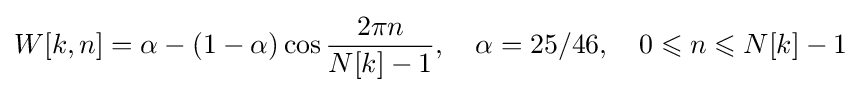
W[k,n]=\alpha -(1-\alpha )\cos {\frac {2\pi n}{N[k]-1}},\quad \alpha =25/46,\quad 0\leqslant n\leqslant N[k]-1